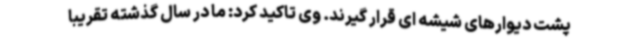
پشت دیوارهای شیشه ای قرار گیرند. وی تاکید کرد: ما در سال گذشته تقریبا